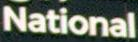
National